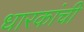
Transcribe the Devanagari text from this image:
धारकांची